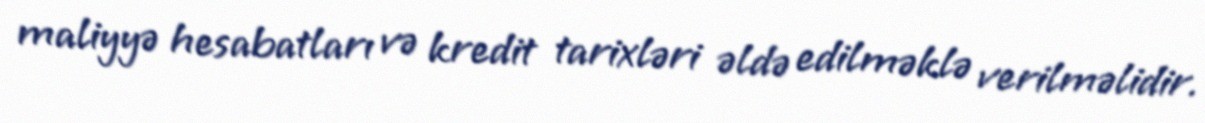
maliyyə hesabatları və kredit tarixləri əldə edilməklə verilməlidir.